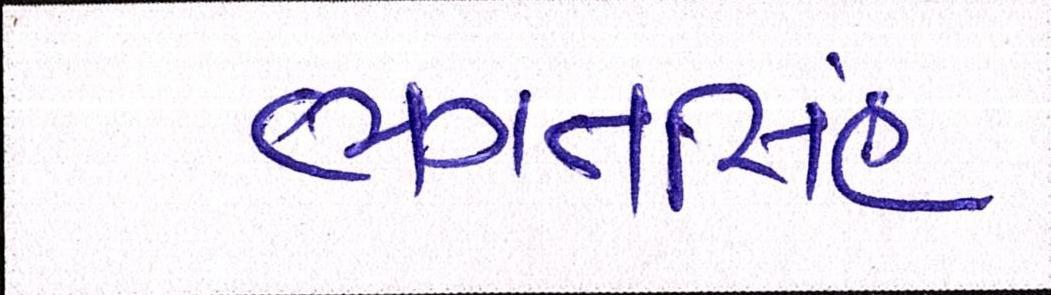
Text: ભગતસિંહ